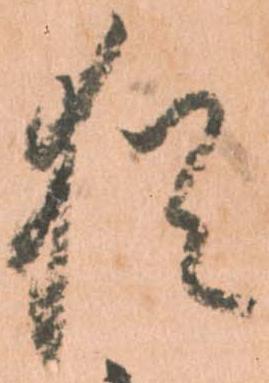
猶